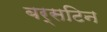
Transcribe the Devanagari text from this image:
बर्सटिन